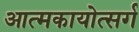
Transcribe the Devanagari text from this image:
आत्मकायोत्सर्ग